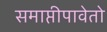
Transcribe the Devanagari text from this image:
समाप्तीपावेतो